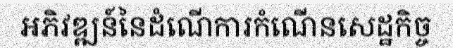
អភិវឌ្ឍន៍នៃដំណើការកំណើនសេដ្ឋកិច្ច